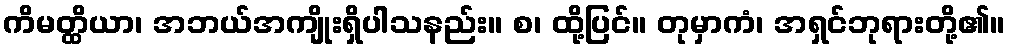
ကိမတ္ထိယာ၊ အဘယ်အကျိုးရှိပါသနည်း။ စ၊ ထို့ပြင်။ တုမှာကံ၊ အရှင်ဘုရားတို့၏။